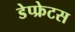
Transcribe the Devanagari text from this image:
डेप्फ्रेटस